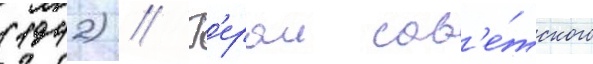
(1942) // Г'ерои сов'е́тского